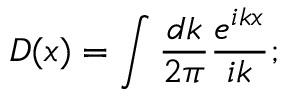
D ( x ) = \int \frac { d k } { 2 \pi } \frac { e ^ { i k x } } { i k } ;